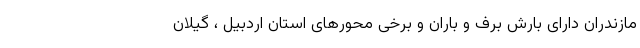
مازندران دارای بارش برف و باران و برخی محورهای استان اردبیل ، گیلان